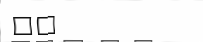
١٠